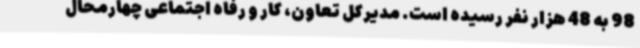
98 به 48 هزار نفر رسیده است. مدیرکل تعاون، کار و رفاه اجتماعی چهارمحال